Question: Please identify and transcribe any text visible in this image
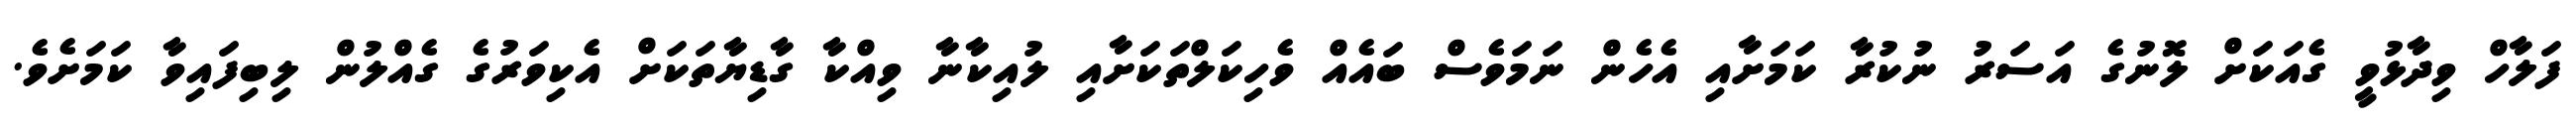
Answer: ފަލާހް ވިދާޅުވީ ގެއަކަށް ލޮނުގެ އަސަރު ނުކުރާ ކަމަށާއި އެހެން ނަމަވެސް ބައެއް ވެހިކަލްތަކަށާއި ލުއިކާނާ ވިއްކާ ގާޑިޔާތަކަށް އެކިވަރުގެ ގެއްލުން ލިބިފައިވާ ކަމަށެވެ.